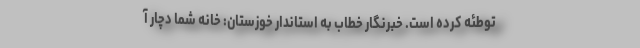
توطئه کرده است. خبرنگار خطاب به استاندار خوزستان: خانه شما دچار آ